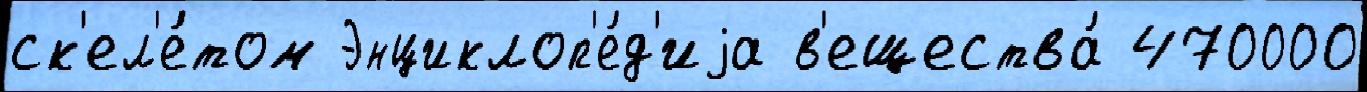
ск'ел'е́том Энциклоп'е́д'иjа в'ещества́ 470000